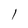
Character: l